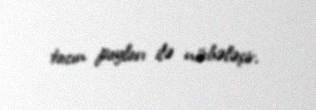
tacın payları ilə növbələşir.